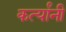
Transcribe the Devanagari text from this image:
कर्त्यांनी